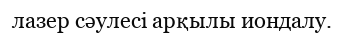
лазер сәулесі арқылы иондалу.